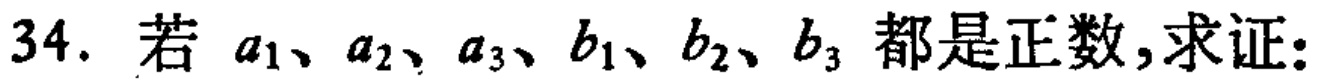
34. 若 \(a_1、a_2、a_3、b_1、b_2、b_3\) 都是正数,求证: